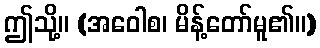
ဤသို့။ (အဝေါစ၊ မိန့်တော်မူ၏။)